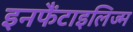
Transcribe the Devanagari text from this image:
इनफैंटाइलिज्म